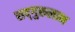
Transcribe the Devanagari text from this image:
सद्‌गुरुलाभ